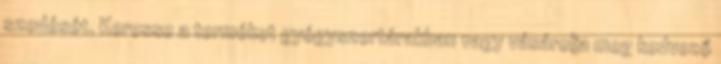
szedését. Keresse a terméket gyógyszertárakban vagy vásárolja meg kedvező